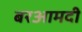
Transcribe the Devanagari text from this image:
बरआमदी